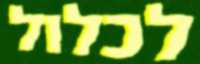
לכלול